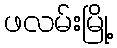
ဖလမ်းမြို့